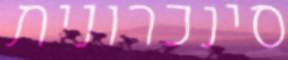
סינכרונית